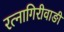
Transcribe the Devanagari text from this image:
रत्‍नागिरीवाङी